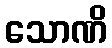
သောဏိ